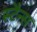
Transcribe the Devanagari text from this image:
स्टैन्स